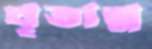
ঘৃতান্ন